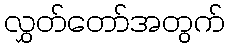
လွှတ်တော်အတွက်